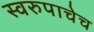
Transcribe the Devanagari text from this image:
स्वरुपाचेच